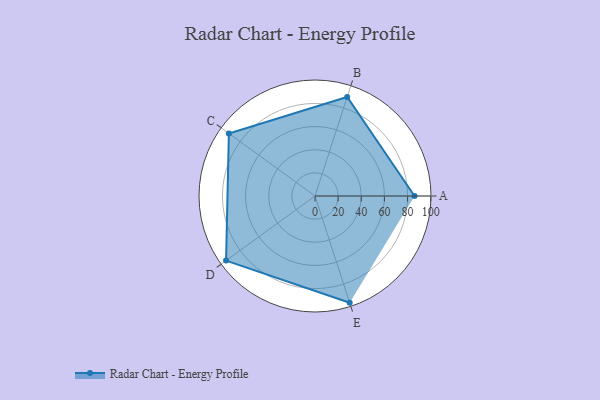
{"axis": {"x": "Skill", "y": "Score"}, "legend": ["Profile"], "data": [{"x": "A", "y": 86.0, "type": "Profile"}, {"x": "B", "y": 90.0, "type": "Profile"}, {"x": "C", "y": 92.0, "type": "Profile"}, {"x": "D", "y": 95.0, "type": "Profile"}, {"x": "E", "y": 97.0, "type": "Profile"}]}